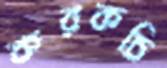
করকচি